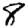
Digit: 8